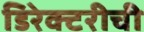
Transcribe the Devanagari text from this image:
डिरेक्टरीची